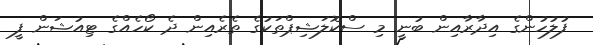
ފުލުހުންގެ އިދާރާއިން ބުނީ މި ސްކޮލަޝިޕްތަކުގެ ތެރެއިން ދެ ކޯހެއްގެ ޓިއުޝަން ފީ